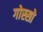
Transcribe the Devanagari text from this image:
गोस्सो